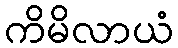
ကိမိလာယံ